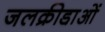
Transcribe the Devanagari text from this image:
जलक्रीडा़ओं